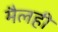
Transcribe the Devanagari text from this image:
मैलही